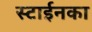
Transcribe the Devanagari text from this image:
स्टाईनका